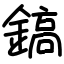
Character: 鎬